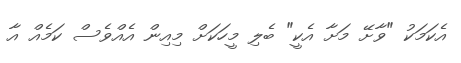
އެކަމަކު "ވާށޭ މަށާ އެކީ" ބެލި މީހަކަށް މިއިން އެއްވެސް ކަމެއް އާ